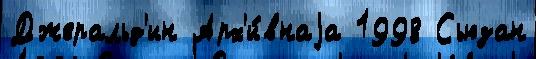
Джеральд'ин Арх'и́внаjа 1998 Сьюзан